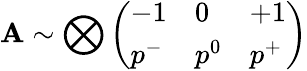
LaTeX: \mathbf{A}\sim\bigotimes\left(\begin{array}{lll}{-1}&{0}&{+1}\\ {p^{-}}&{p^{0}}&{p^{+}}\end{array}\right)